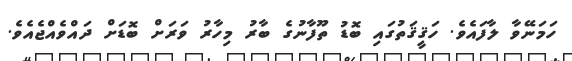
ހަމަނޭވާ ލާފައެވެ. ހަޤީޤަތުގައި ބޮޑު ތޫފާނުގެ ބާރު މިހާރު ވަރަށް ބޮޑަށް ދައްވެއްޖެއެވެ.